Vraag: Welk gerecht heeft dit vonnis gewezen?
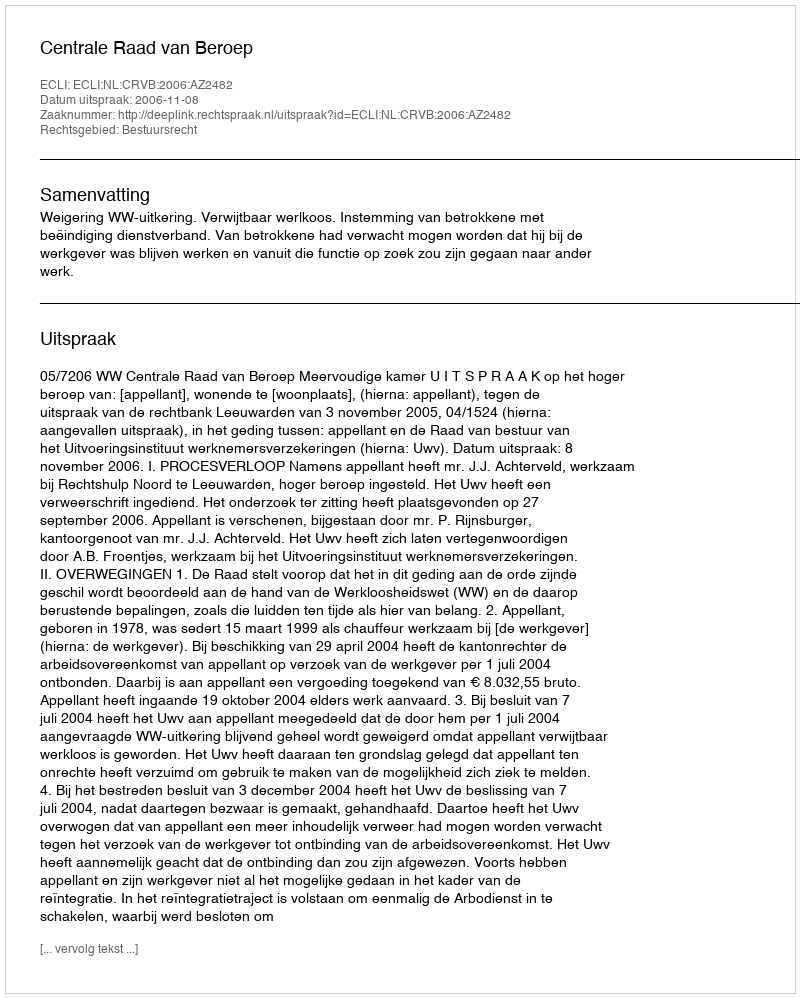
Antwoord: Centrale Raad van Beroep